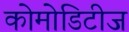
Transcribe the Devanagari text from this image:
कोमोडिटीज